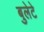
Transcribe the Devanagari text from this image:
बुलेटे